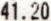
41.20